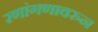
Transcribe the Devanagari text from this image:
रणांगणावरुन